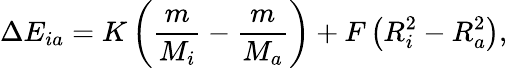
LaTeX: \Delta E_{ia}=K\left(\frac{m}{M_{i}}-\frac{m}{M_{a}}\right)+F\left(R_{i}^{2}-R_{a}^{2}\right),